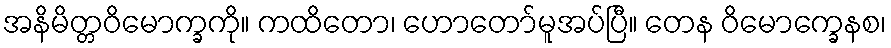
အနိမိတ္တဝိမောက္ခကို။ ကထိတော၊ ဟောတော်မူအပ်ပြီ။ တေန ဝိမောက္ခေနစ၊